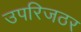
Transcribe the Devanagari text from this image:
उपरिजठर